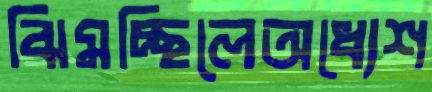
ঝিমচ্ছিলেঅধ্যেশ